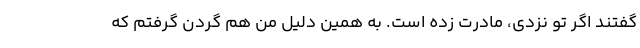
گفتند اگر تو نزدی، مادرت زده است. به همین دلیل من هم گردن گرفتم که